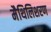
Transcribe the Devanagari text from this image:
मैथिलिशरण